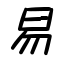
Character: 易